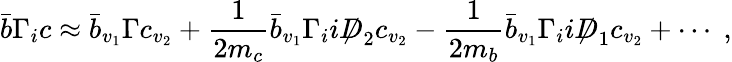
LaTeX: {\bar{b}}\Gamma_{i}c\approx{\bar{b}}_{v_{1}}\Gamma c_{v_{2}}+\frac{1}{2m_{c}}{\bar{b}}_{v_{1}}\Gamma_{i}i\not D_{2}c_{v_{2}}-\frac{1}{2m_{b}}{\bar{b}}_{v_{1}}\Gamma_{i}i\not D_{1}c_{v_{2}}+\cdots\; ,